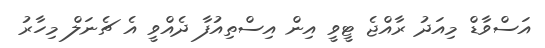
އަސްވާޑް މިއަދު ރާއްޖެ ޓީވީ އިން އިސްތިއުފާ ދެއްވީ އެ ޗެނަލް މިހާރު